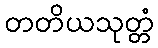
တတိယသုတ္တံ